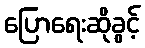
ပြောရေးဆိုခွင့်